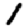
Digit: 1